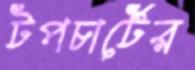
টপচার্টের